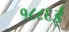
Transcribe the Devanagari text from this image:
१८८६ई